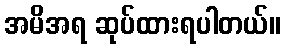
အမိအရ ဆုပ်ထားရပါတယ်။